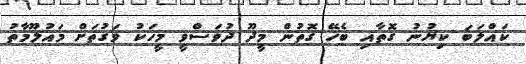
ކައްލަބަ ކިޔުނު ގޮތާއި ބެހޭ ގޮތުން މީދޫ ދުވަސްވީ މީހަކު ވަގުތަށް މައުލޫމާތު